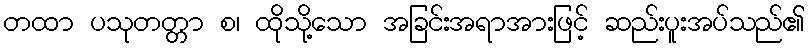
တထာ ပသုတတ္တာ စ၊ ထိုသို့သော အခြင်းအရာအားဖြင့် ဆည်းပူးအပ်သည်၏